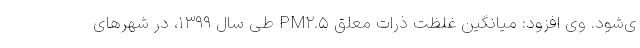
ی‌شود. وی افزود: میانگین غلظت ذرات معلق PM۲.۵ طی سال ۱۳۹۹، در شهرهای